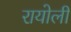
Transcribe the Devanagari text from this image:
रायोली